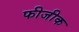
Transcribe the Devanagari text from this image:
फीजीक